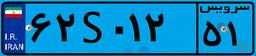
۶۲S۰۱۲۵۱